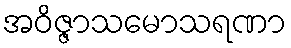
အဝိဇ္ဇာသမောသရဏာ